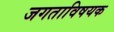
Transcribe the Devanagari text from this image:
जगताविषयक